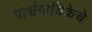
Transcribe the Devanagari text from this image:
पार्श्वगायिकेचे